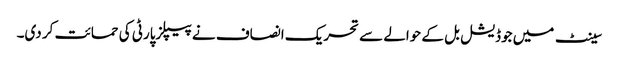
سینٹ میں جوڈیشل بل کے حوالے سے تحریک انصاف نے پیپلزپارٹی کی حمائت کر دی۔